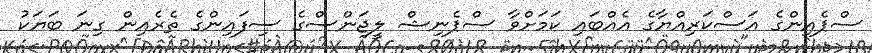
ސްޕެއިންގެ އަސްކަރިއްޔާގެ އެއްބައި ކަމަށްވާ ސްޕެނިޝް ލީޖަންސްގެ ސިފައިންގެ ތެރެއިން ގިނަ ބަޔަކު